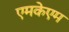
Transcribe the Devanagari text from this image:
एमकेएम